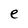
Character: e